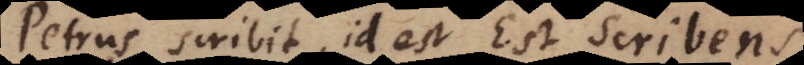
Petrus scribit, id est Est Scribens.